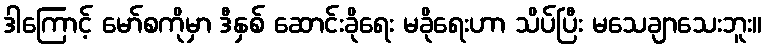
ဒါကြောင့် မော်စကိုမှာ ဒီနှစ် ဆောင်းခိုရေး မခိုရေးဟာ သိပ်ပြီး မသေချာသေးဘူး။